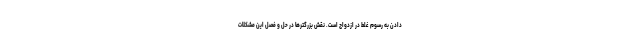
دادن به رسوم غلط در ازدواج است. نقش بزرگترها در حل و فصل این مشکلات